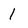
Character: 1